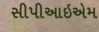
સીપીઆઇએમ